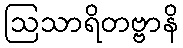
ဩသာရိတဗ္ဗာနိ